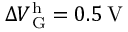
\Delta V \mathrm { _ G ^ { h } } = 0 . 5 \: \mathrm { V }